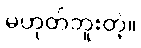
မဟုတ်ဘူးတဲ့။